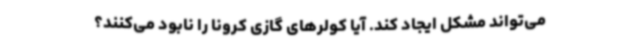
می‌تواند مشکل ایجاد ‌کند. آیا کولرهای گازی کرونا را نابود می‌کنند؟